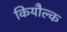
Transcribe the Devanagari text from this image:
कियौल्क